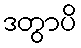
ဒတွာပိ